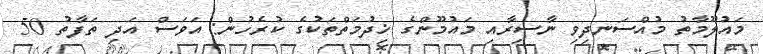
މައުލޫމާތު މުއްސަނދިވި ނާސިރާއި މައުމޫންގެ ޚިދުމަތްތަކުގެ ކުރެހުން: އަވަސް އަދި ތަފާތު 50